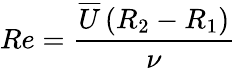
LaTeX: Re=\frac{\overline{{U}}\left(R_{2}-R_{1}\right)}{\nu}